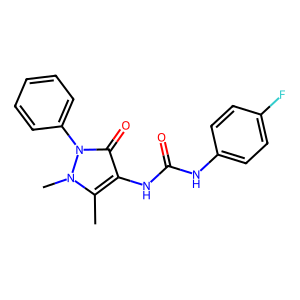
SMILES: Cc1c(NC(=O)Nc2ccc(F)cc2)c(=O)n(-c2ccccc2)n1C
Inhibits HIV replication: No